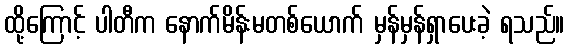
ထို့ကြောင့် ပါတီက နောက်မိန်းမတစ်ယောက် မှန်မှန်ရှာပေးခဲ့ ရသည်။